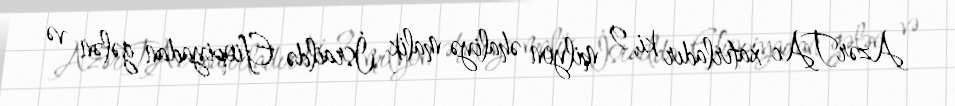
AzərTAc xatırladır ki, 9 milyon əhaliyə malik İsraildə Efiopiyadan gələn və